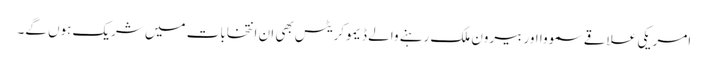
امریکی علاقے سمووا اور بیرون ملک رہنے والے ڈیموکریٹس بھی ان انتخابات میں شریک ہوں گے۔